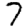
Digit: 7